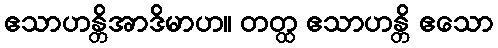
ဧသာဟန္တိအာဒိမာဟ။ တတ္ထ ဧသာဟန္တိ ဧသော